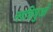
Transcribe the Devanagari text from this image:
नवशिशुओं